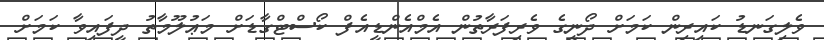
ވެލިގަނޑު ކައިރިން ކަމަށް ދޯނީގެ ވެރިފަރާތުން އެމްއެންޑީއެފް ކޯސްޓްގާޑަށް މަޢުލޫމާތު ދީފައިވާ ކަމަށް